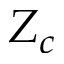
Z _ { c }